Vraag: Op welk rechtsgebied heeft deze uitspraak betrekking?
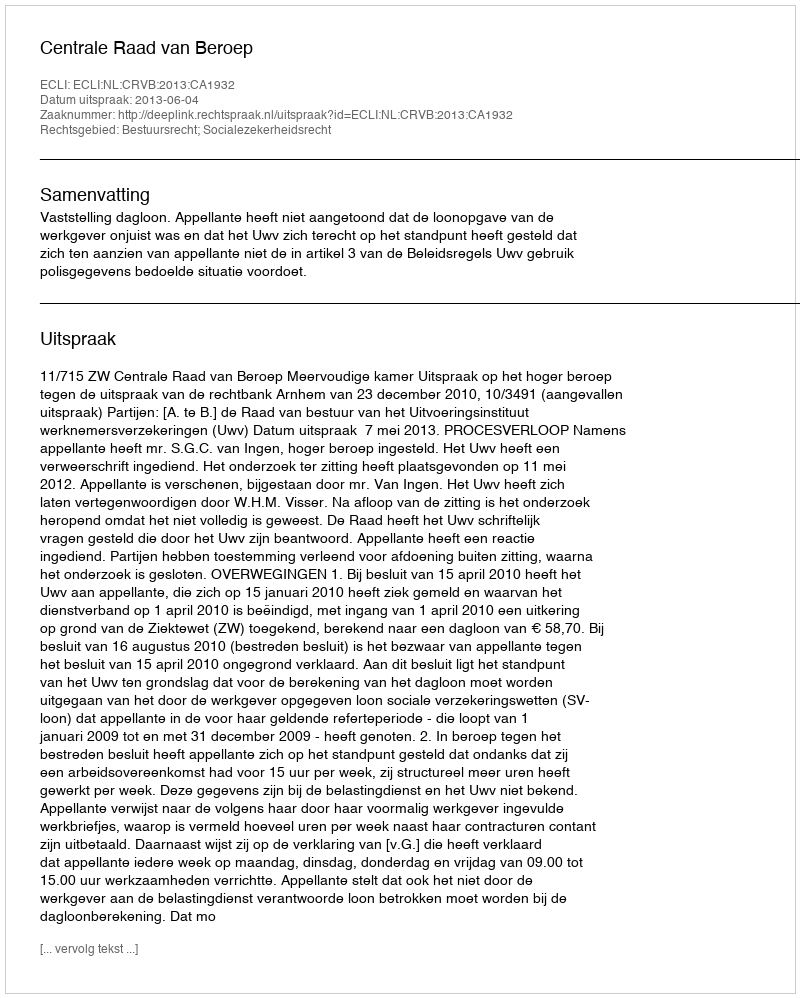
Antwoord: Bestuursrecht; Socialezekerheidsrecht